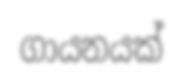
ගායනයක්